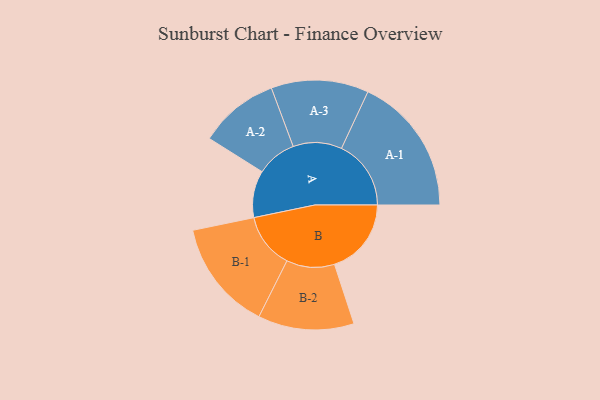
{"axis": {"x": "Segment", "y": "Value"}, "legend": ["", "A", "B"], "data": [{"x": "A", "y": 135, "type": ""}, {"x": "B", "y": 221, "type": ""}, {"x": "A-1", "y": 200, "type": "A"}, {"x": "A-2", "y": 115, "type": "A"}, {"x": "A-3", "y": 140, "type": "A"}, {"x": "B-1", "y": 159, "type": "B"}, {"x": "B-2", "y": 138, "type": "B"}]}